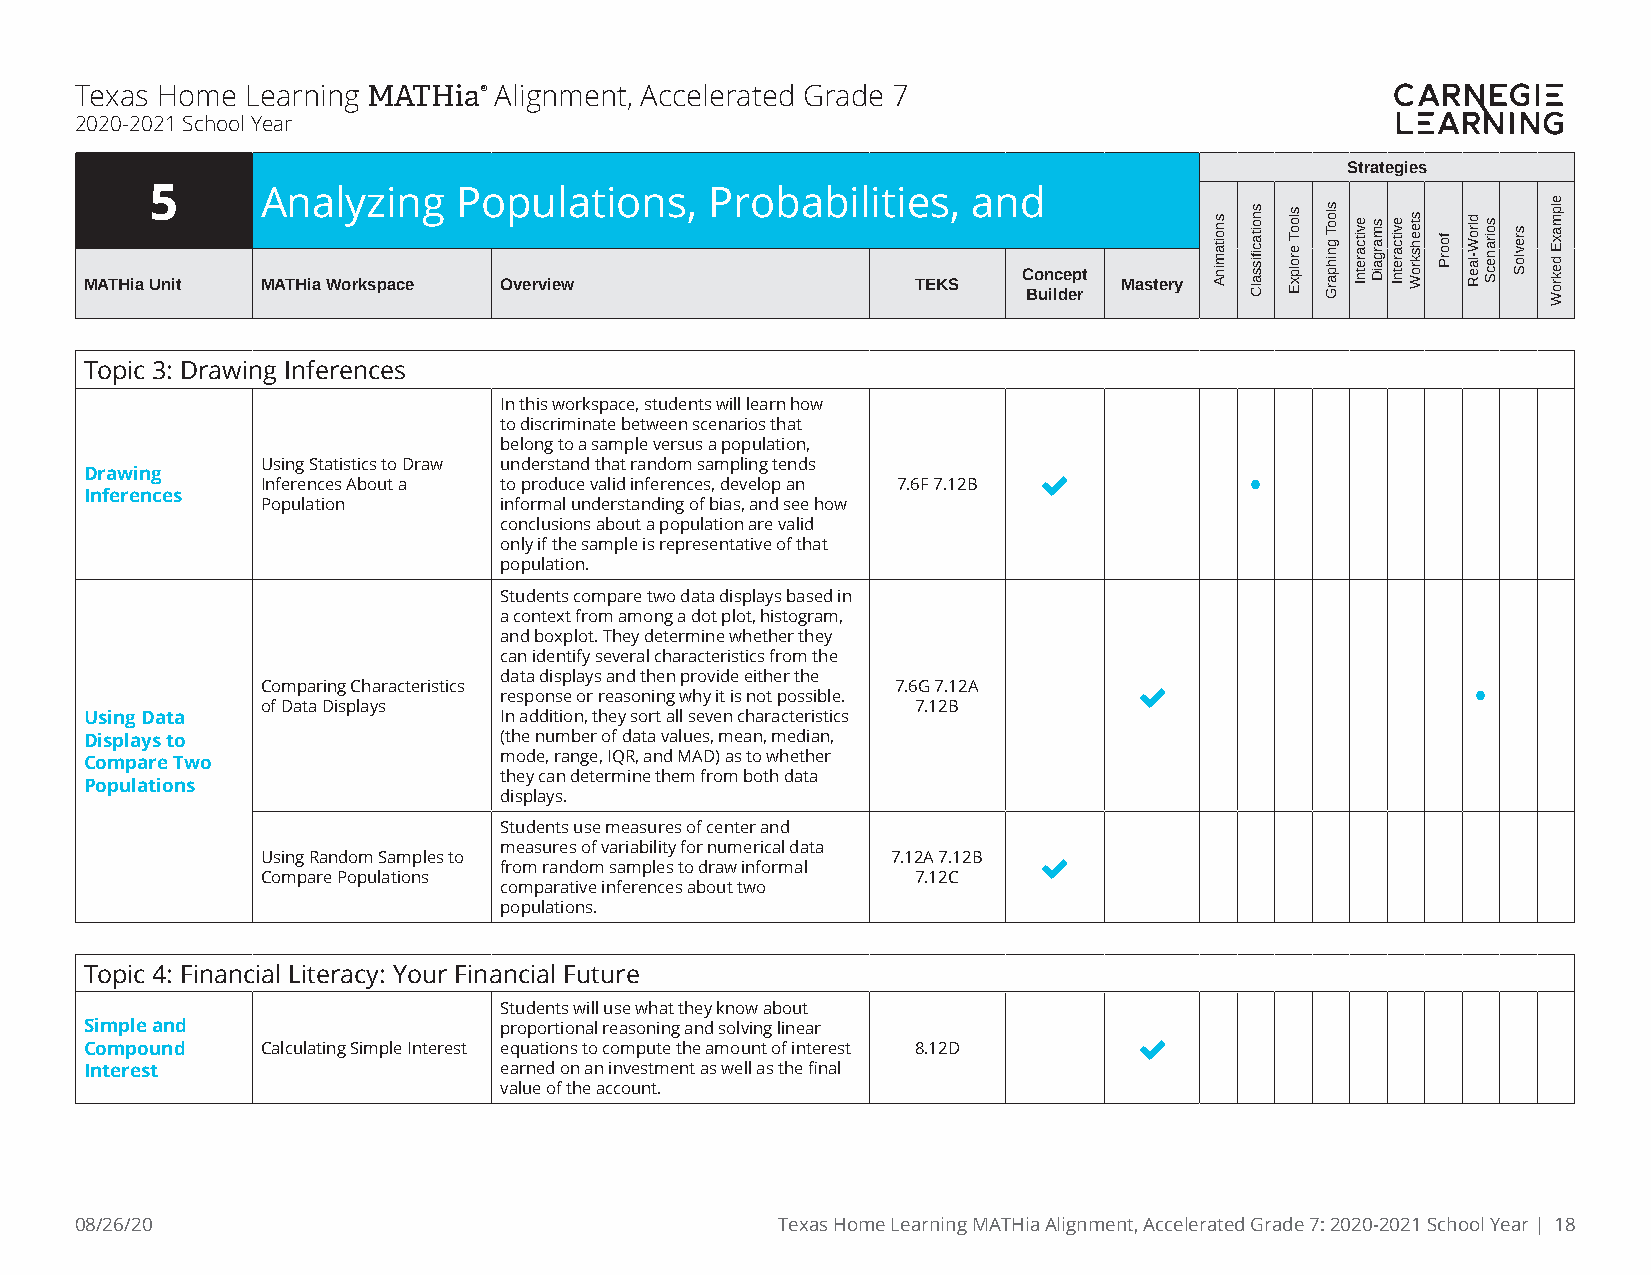
Texas Home Learning MATHia® Alignment, Accelerated Grade 7
 2020-2021 School Year
 Strategies
 5      Analyzing    Populations,     Probabilities,   and
 Concept
 MATHia Unit MATHia Workspace Overview                  TEKS         Mastery
 Builder
 Topic 3: Drawing Inferences
 In this workspace, students will learn how
 to discriminate between scenarios that
 belong to a sample versus a population,
 Using Statistics to Draw understand that random sampling tends
 Drawing    Inferences About a to produce valid inferences, develop an 7.6F 7.12B  •
 Inferences
 Population      informal understanding of bias, and see how
 conclusions about a population are valid
 only if the sample is representative of that
 population.
 Students compare two data displays based in
 a context from among a dot plot, histogram,
 and boxplot. They determine whether they
 can identify several characteristics from the
 data displays and then provide either the
 Comparing Characteristics response or reasoning why it is not possible. 7.6G 7.12A  •
 of Data Displays                            7.12B
 Using Data                 In addition, they sort all seven characteristics
 Displays to                (the number of data values, mean, median,
 mode, range, IQR, and MAD) as to whether
 Compare Two
 they can determine them from both data
 Populations
 displays.
 Students use measures of center and
 measures of variability for numerical data
 Using Random Samples to                   7.12A 7.12B 
 from random samples to draw informal
 Compare Populations                         7.12C
 comparative inferences about two
 populations.
 Topic 4: Financial Literacy: Your Financial Future
 Students will use what they know about
 Simple and                 proportional reasoning and solving linear
 
 Compound   Calculating Simple Interest equations to compute the amount of interest 8.12D
 Interest                   earned on an investment as well as the final
 value of the account.
 08/26/20                                      Texas Home Learning MATHia Alignment, Accelerated Grade 7: 2020-2021 School Year | 18
 snoitaminA snoitacfiissalC slooT
 erolpxE
 slooT
 gnihparG
 evitcaretnI smargaiD evitcaretnI steehskroW
 foorP
 dlroW-laeR soiranecS
 srevloS
 elpmaxE
 dekroW